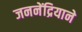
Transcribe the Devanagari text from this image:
जननेंद्रियाने